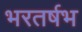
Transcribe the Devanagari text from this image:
भरतर्षभ